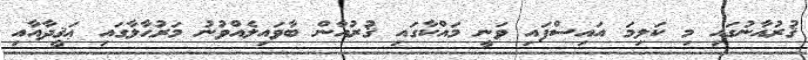
ޤުރުއާނުގައި މި ކަލިމަ އައިސްފައި ވަނީ މައްކާގައި ޤުރުއާން ބާވައިލެއްވުނު މަރުޙާލާގައި ޢަޤީދާއާއި